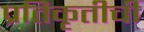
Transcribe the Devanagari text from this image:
प्रतिकृतीची